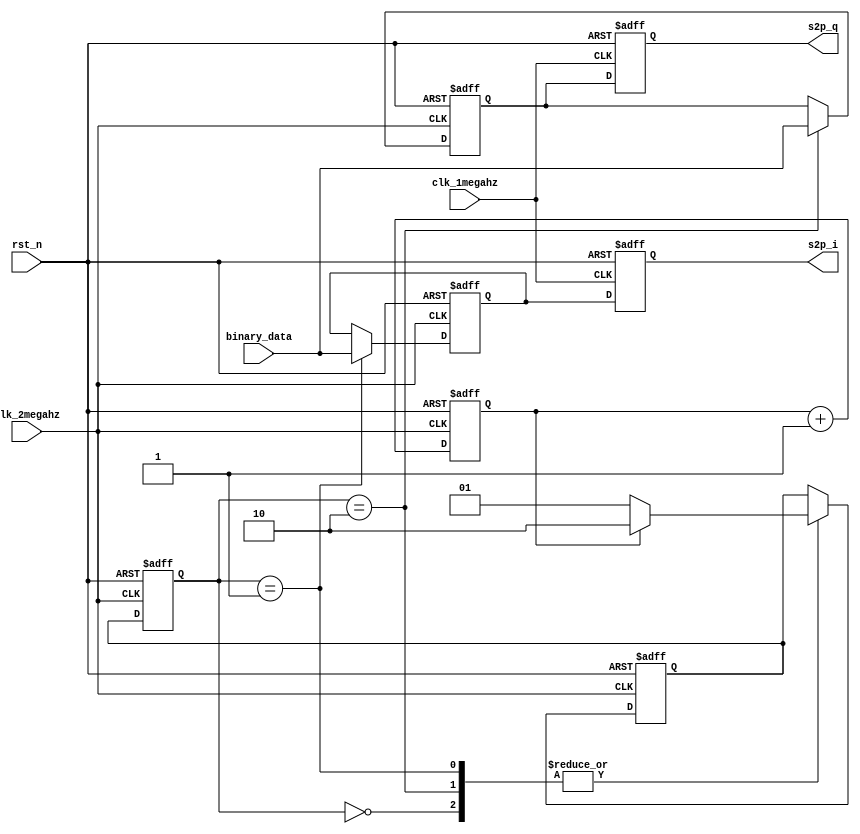
module s2p(
    input clk_2megahz, // For input data
    input clk_1megahz, // For output data
    input rst_n,
    input binary_data,
    output reg s2p_i,
    output reg s2p_q
);

parameter IDLE = 2'b00;
parameter RECV_I = 2'b01;
parameter RECV_Q = 2'b10;

reg [1:0] state;
reg [1:0] next_state;

reg s2p_i_temp;
reg s2p_q_temp;
reg counter;

always @(posedge clk_2megahz or negedge rst_n) begin
    if (!rst_n) begin
        state <= IDLE;
        s2p_i_temp <= 1'b0;
        s2p_q_temp <= 1'b0;
    end else begin
        state <= next_state;
        s2p_i_temp <= (state == RECV_I) ? binary_data : s2p_i_temp;
        s2p_q_temp <= (state == RECV_Q) ? binary_data : s2p_q_temp;
    end
end

always @(posedge clk_2megahz or negedge rst_n) begin
    if (!rst_n) begin
        next_state <= IDLE;
        counter <= 1'b0;
    end else begin
        // Increment the counter and check if the input data is odd or even
        counter <= counter + 1'b1;
        case(state)
            IDLE: next_state <= counter ? RECV_Q : RECV_I;
            RECV_I: next_state <= counter ? RECV_Q : RECV_I;
            RECV_Q: next_state <= counter ? RECV_Q : RECV_I;
        endcase
    end
end

always @(posedge clk_1megahz or negedge rst_n) begin
    if (!rst_n) begin
        s2p_i <= 1'b0;
        s2p_q <= 1'b0;
    end else begin
        s2p_i <= s2p_i_temp;
        s2p_q <= s2p_q_temp;
    end
end

endmodule